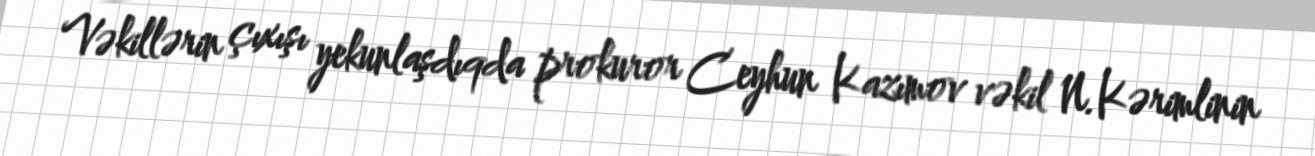
Vəkillərin çıxışı yekunlaşdıqda prokuror Ceyhun Kazımov vəkil N.Kərimlinin